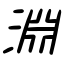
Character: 淵